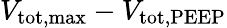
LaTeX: V_{\mathrm{tot,max}}-V_{\mathrm{tot,PEEP}}